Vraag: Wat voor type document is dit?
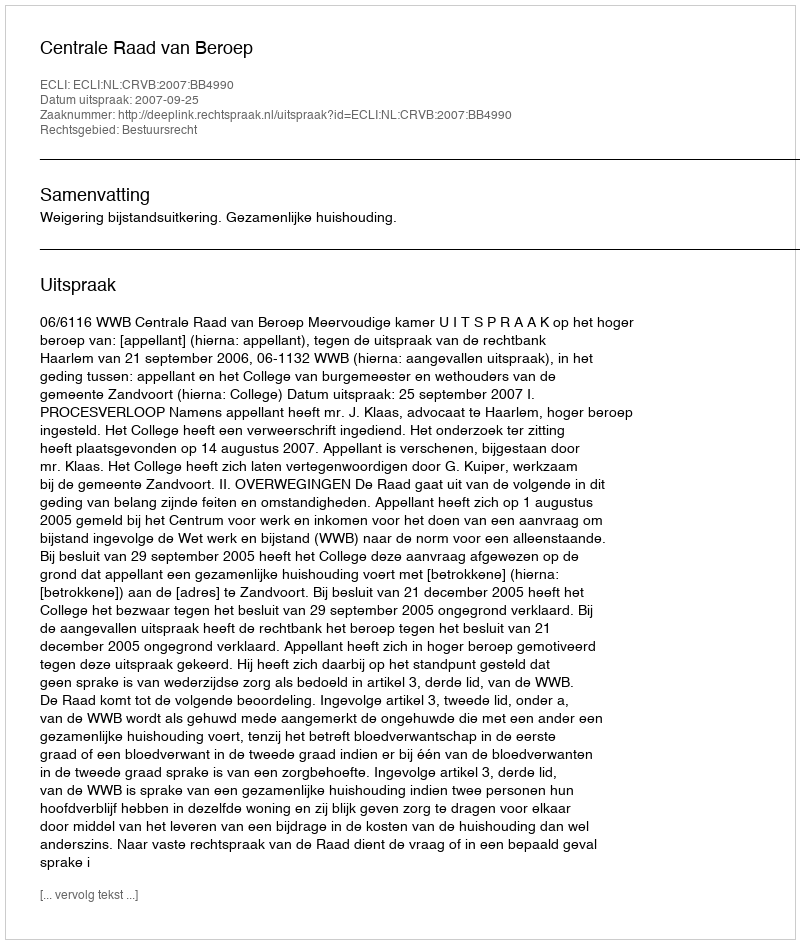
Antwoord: Uitspraak